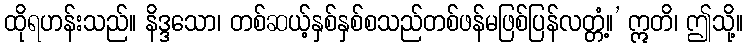
ထိုရဟန်းသည်။ နိဒ္ဒသော၊ တစ်ဆယ့်နှစ်နှစ်စသည်တစ်ဖန်မဖြစ်ပြန်လတ္တံ့။’ ဣတိ၊ ဤသို့။